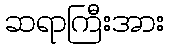
ဆရာကြီးအား